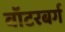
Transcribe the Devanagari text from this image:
वॉटरबर्ग